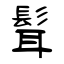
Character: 髶